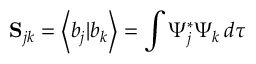
\mathbf { S } _ { j k } = \left\langle b _ { j } | b _ { k } \right\rangle = \int \Psi _ { j } ^ { * } \Psi _ { k } \, d \tau